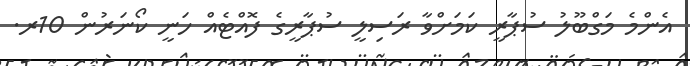
އެންމެ މަގްބޫލު ސުޕާރީ ކަމަށްވާ ރަސިލީ ސުޕާރީގެ ފޮއްޓެއް ހަނީ ކޯނަރުން 10ރ.